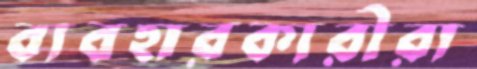
ব্যবহারকারীরা